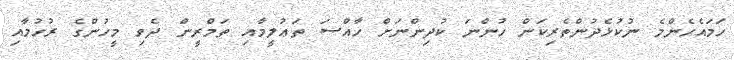
ހަމައެހެންމެ ނުކުޅެދުންތެރިކަން ހުންނަ ކުދިންނަށް ހާއްސަ ތަޢުލީމާއި ތަމްރީން ދެވި މީހުންގެ ރުހުމާއި